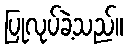
ပြုလုပ်ခဲ့သည်။